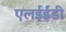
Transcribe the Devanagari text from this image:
एलईईडी